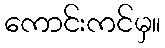
ကောင်းကင်မှ။